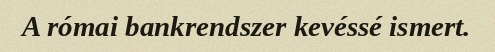
A római bankrendszer kevéssé ismert.